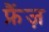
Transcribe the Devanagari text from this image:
फ्रैंज़